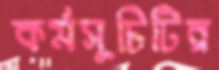
কর্মসূচিটির